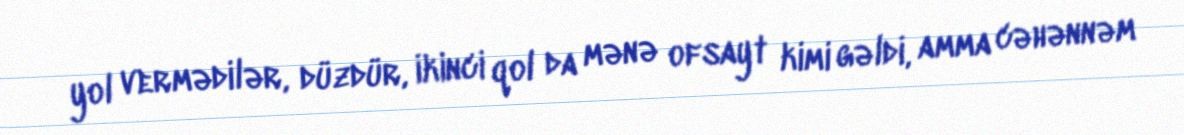
yol vermədilər, düzdür, ikinci qol da mənə ofsayt kimi gəldi, amma cəhənnəm